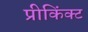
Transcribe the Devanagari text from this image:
प्रीकिंक्ट